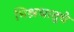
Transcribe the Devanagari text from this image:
मिश्रधातूचे